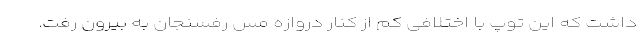
داشت که این توپ با اختلافی کم از کنار دروازه مس رفسنجان به بیرون رفت.